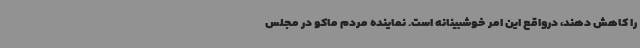
را کاهش دهند، درواقع این امر خوشبینانه است. نماینده مردم ماکو در مجلس